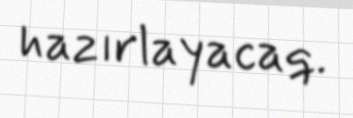
hazırlayacaq.